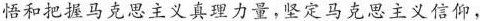
悟和把握马克思主义真理力量，坚定马克思主义信仰，